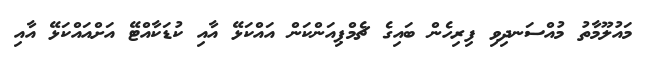
މައުލޫމާތު މުއްސަނދިވި ފިރިހެން ބައިގެ ޗެމްޕިއަންކަން އައްކަޅޭ އާއި ކުޑަކާއްޓޭ އަށްއައްކަޅޭ އާއި